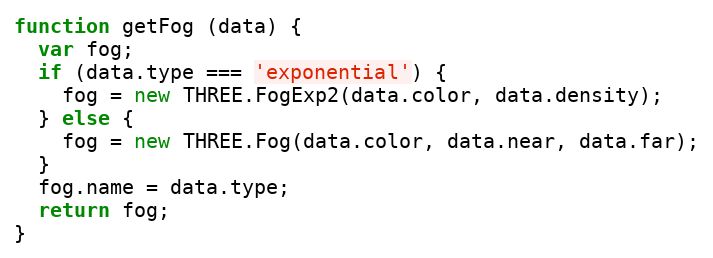
Language: JavaScript
function getFog (data) {
  var fog;
  if (data.type === 'exponential') {
    fog = new THREE.FogExp2(data.color, data.density);
  } else {
    fog = new THREE.Fog(data.color, data.near, data.far);
  }
  fog.name = data.type;
  return fog;
}